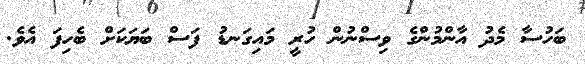
ބަހުސާ މެދު އާންމުންގެ ވިސްނުން ހުރީ މައިގަނޑު ފަސް ބަޔަކަށް ބެހިފަ އެވެ.